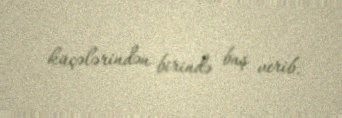
küçələrindən birində baş verib.